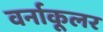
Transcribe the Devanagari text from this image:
वर्नाकूलर